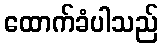
ထောက်ခံပါသည်